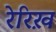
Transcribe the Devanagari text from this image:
रेरिख़